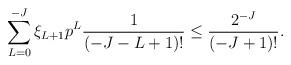
LaTeX: \begin{align*}\sum_{L=0}^{-J} \xi_{L+1}p^L \frac{1}{(-J-L+1)! } \le \frac {2^{-J}}{(-J+1)!}.\end{align*}